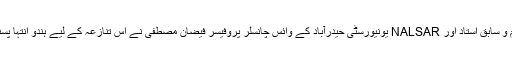
یونیورسٹی کے ایک سابق طالب علم و سابق استاد اور NALSAR یونیورسٹی حیدرآباد کے وائس چانسلر پروفیسر فیضان مصطفیٰ نے اس تنازعہ کے لیے ہندو انتہا پسند تنظیموں کو ذمے دار ٹھہرایا ہے۔